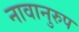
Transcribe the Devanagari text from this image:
नावानुरुप